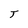
Character: T